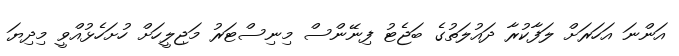
އަންނަ އަހަރަށް ލަފާކުރާ ދައުލަތުގެ ބަޖެޓު ފިނޭންސް މިނިސްޓަރު މަޖިލީހަށް ހުށަހެޅުއްވީ މިދިޔަ